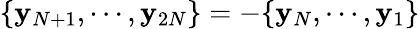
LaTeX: \{ \mathbf{y}_{N+1},\cdots,\mathbf{y}_{2N}\} =-\{ \mathbf{y}_{N},\cdots,\mathbf{y}_{1}\}